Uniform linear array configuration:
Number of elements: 4
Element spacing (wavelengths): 0.5
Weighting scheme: hann
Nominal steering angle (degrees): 45
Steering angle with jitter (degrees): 46.959
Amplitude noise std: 0.05
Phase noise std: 0.05

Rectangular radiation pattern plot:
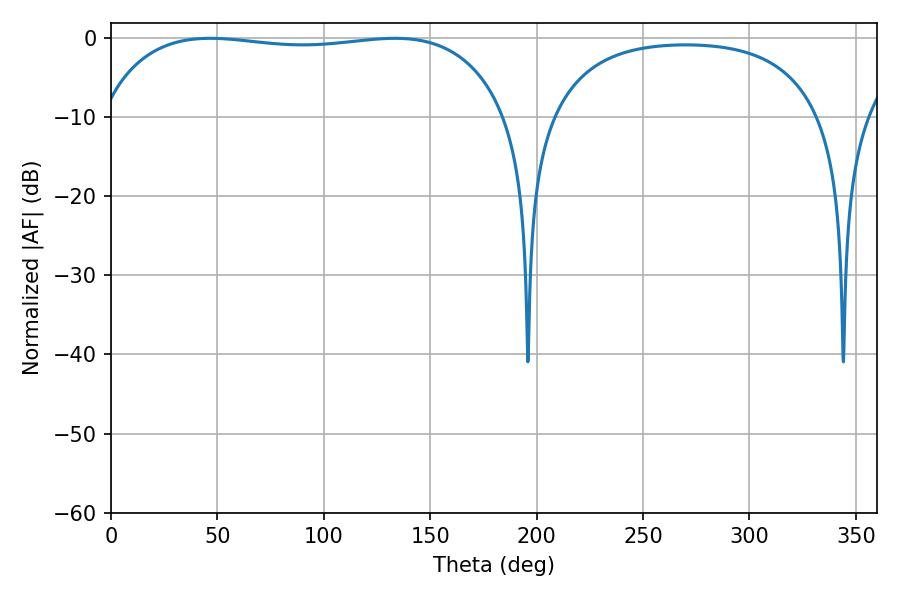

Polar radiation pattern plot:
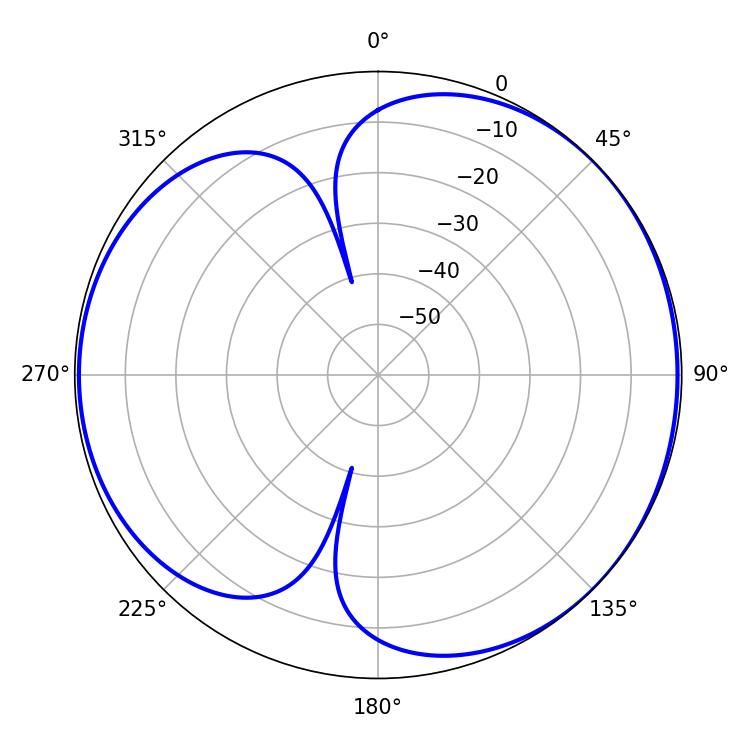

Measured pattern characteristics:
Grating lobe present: FALSE
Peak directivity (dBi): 4.7
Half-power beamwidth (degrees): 153.72
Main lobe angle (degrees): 46.62